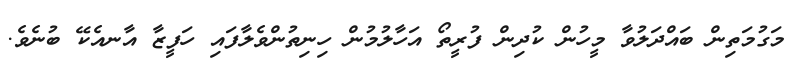
މަގުމަތިން ބައްދަލުވާ މީހުން ކުދިން ފުރީތޯ އަހާލުމުން ހިނިތުންވެލާފައި ހަފީޒާ އާނއެކޭ ބުނެވެ.